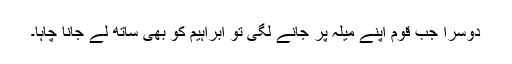
دوسرا جب قوم اپنے میلہ پر جانے لگی تو ابراہیم کو بھی ساتھ لے جانا چاہا۔